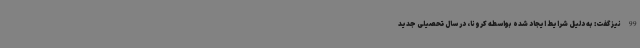
99 نیز گفت: به دلیل شرایط ایجاد شده بواسطه کرونا، در سال تحصیلی جدید